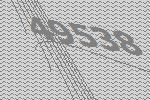
49538